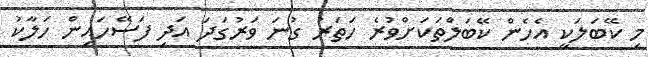
މި ކޭބަލަކީ އެހެން ކޭބަލްތަކަށްވުރެ ހަތަރު ގުނަ ވަރުގަދަ އަދި ފަސޭހައިން ހަލާކު